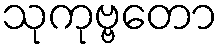
သုကုဗ္ဗတော